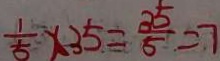
\frac { 1 } { 5 } \times 3 5 \equiv \frac { 3 5 } { 5 } = 7